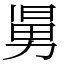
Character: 𠢎